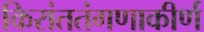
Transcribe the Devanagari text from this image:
किरांततंगणाकीर्ण